Problem: 2 × 3 = ?
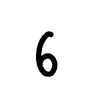
Handwritten answer: 6